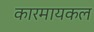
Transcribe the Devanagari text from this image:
कारमायकल